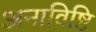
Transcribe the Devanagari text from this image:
अनाविष्टि